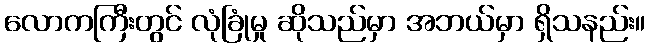
လောကကြီးတွင် လုံခြုံမှု ဆိုသည်မှာ အဘယ်မှာ ရှိသနည်း။